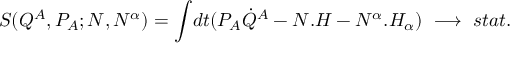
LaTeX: S ( Q ^ { A } , P _ { A } ; N , N ^ { \alpha } ) = { \int } d t ( P _ { A } { \dot { Q } } ^ { A } - N . H - N ^ { \alpha } . H _ { \alpha } ) \ \longrightarrow \ s t a t .